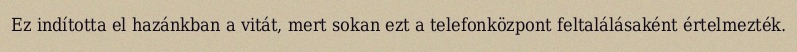
Ez indította el hazánkban a vitát, mert sokan ezt a telefonközpont feltalálásaként értelmezték.